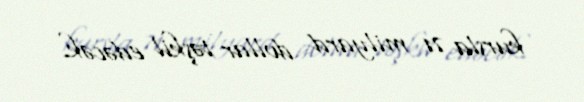
kursla 71 milyard dollar təşkil edəcək.